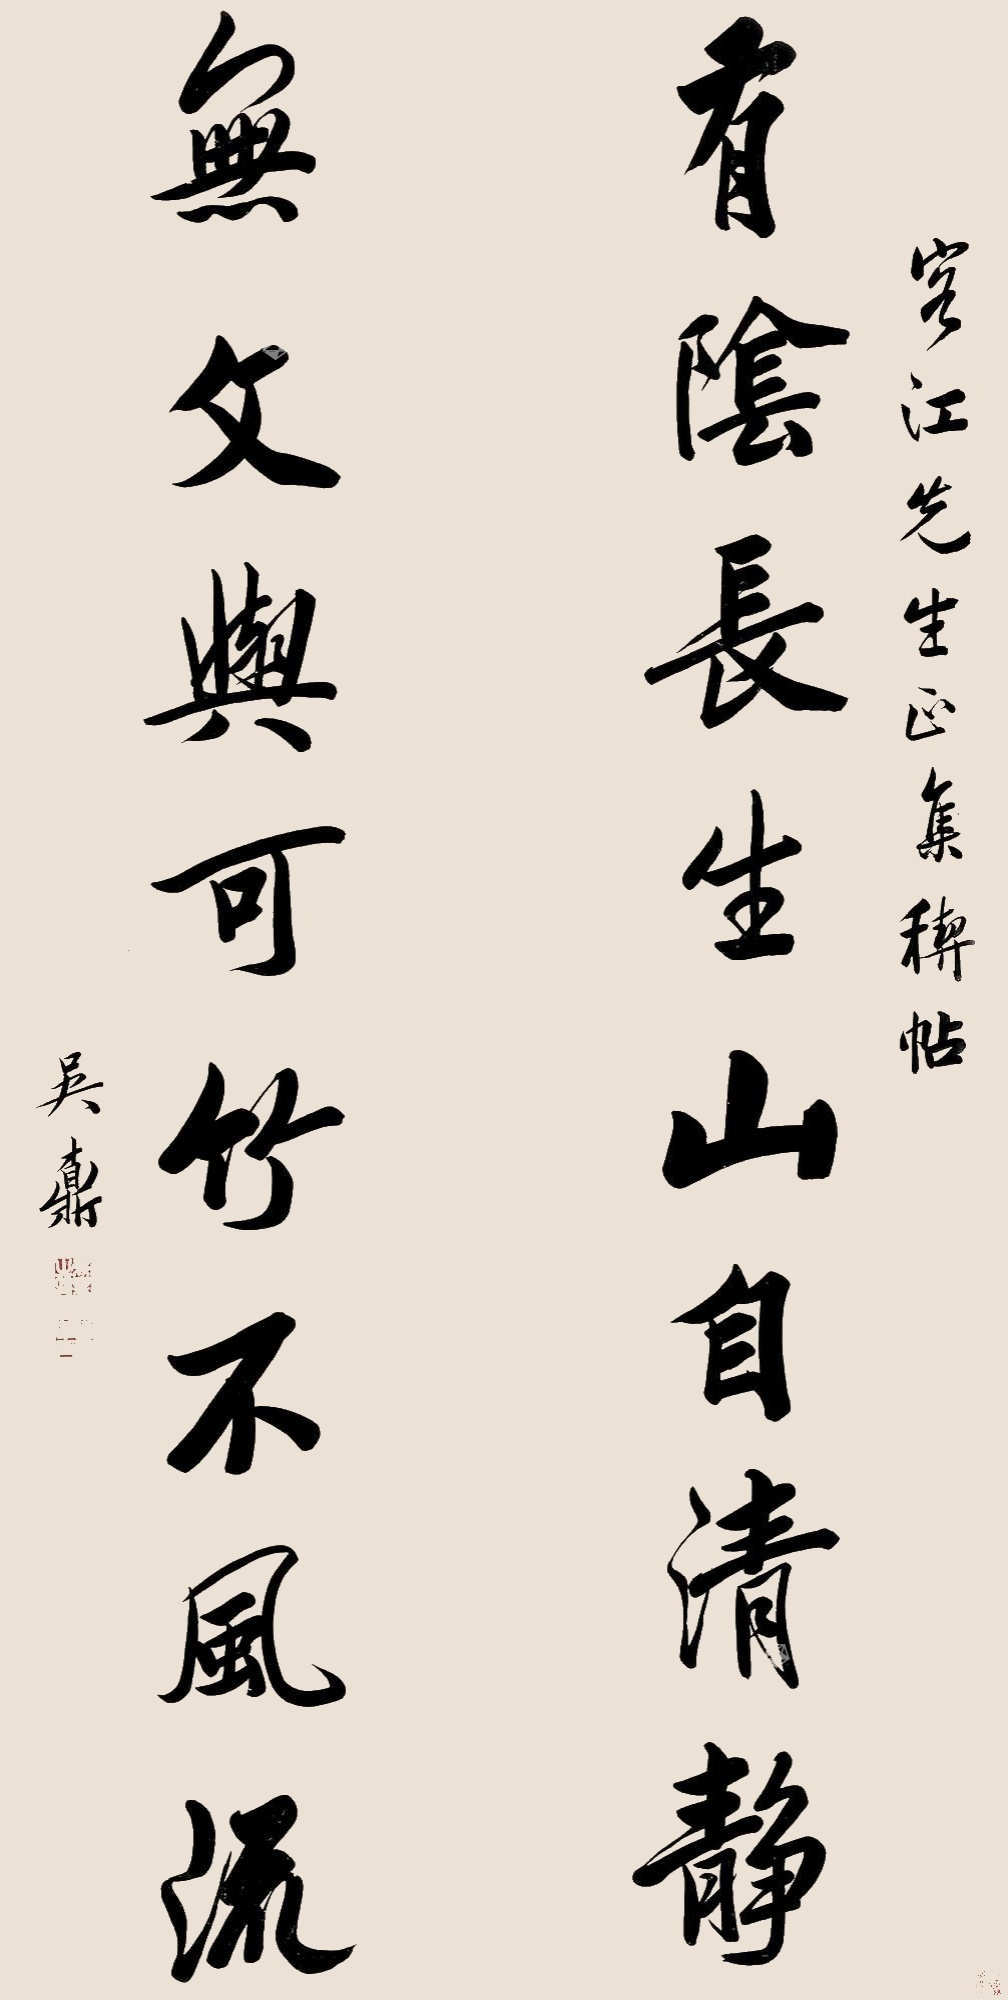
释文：有阴长生山自清静，无文与可竹不风流。客江先生正，集稧帖，吴鼒。